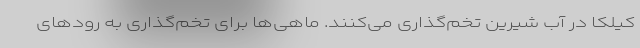
کیلکا در آب شیرین تخم‌گذاری می‌کنند. ماهی‌ها برای تخم‌گذاری به رودهای